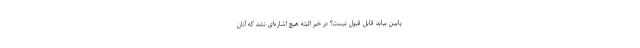
پایین بیاید قابل قبول نیست؟ در خبر البته هیچ اشاره‌ای نشد که آنان